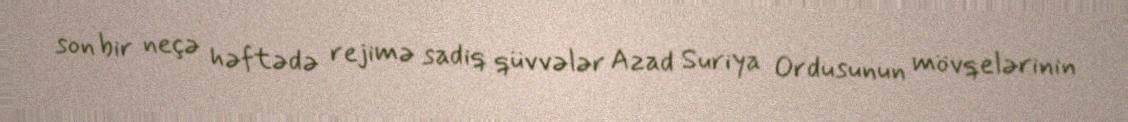
son bir neçə həftədə rejimə sadiq qüvvələr Azad Suriya Ordusunun mövqelərinin